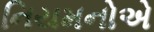
નિયમનોએ